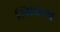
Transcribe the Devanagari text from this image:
स्मिथच्या